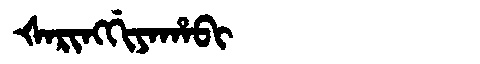
Manchu: ᡧᠠᡵᡳᠩᡤᡳᠶᠠᡥᠠᠪᡳ
Romanization: ŠARINGGIYAHABI